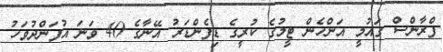
ފްރާންސް ގައުމީ އަންހެން ޓީމުގެ ކުރީގެ ޑިފެންޑަރު އޭނާގެ 40 ވަނަ އުފަންދުވަހު